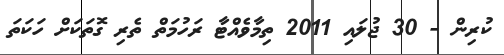
ކުރިން - 30 ޖުލައި 2011 ތިމާވެއްޓާ ރަހުމަތް ތެރި ގޮތަކަށް ހަކަތަ